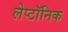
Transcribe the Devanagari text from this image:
लेप्टॉनिक